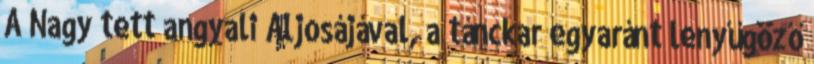
A Nagy tett angyali Aljosájával, a tánckar egyaránt lenyűgöző